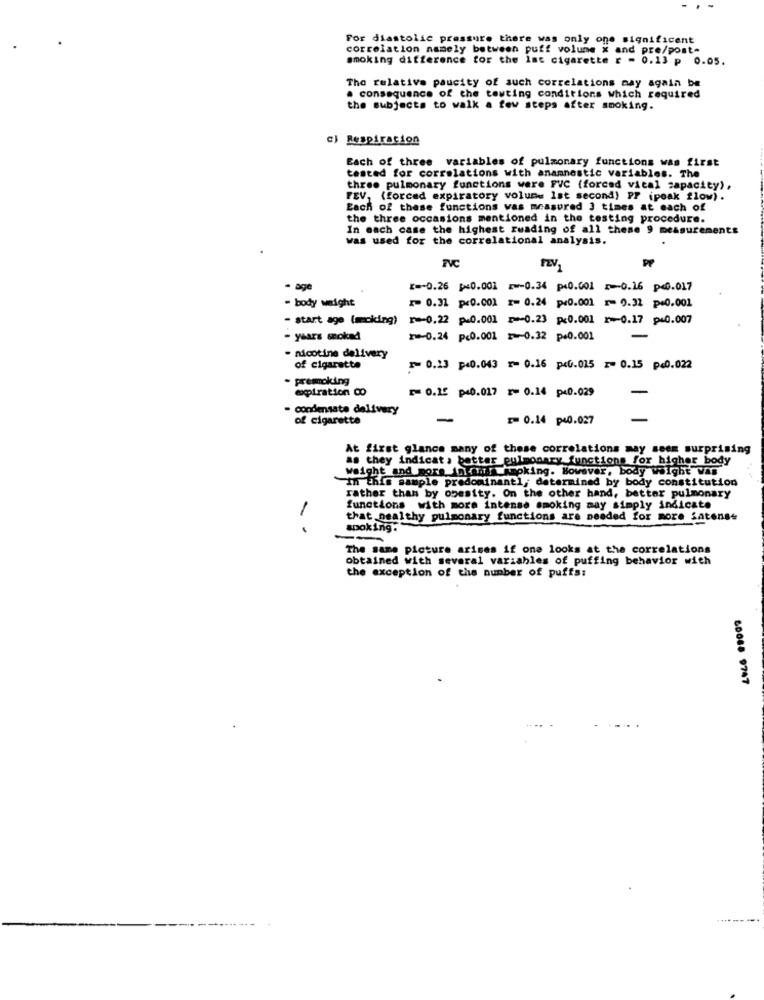
For diastolic pressure there was only one significent
correlation namely between puff volume x and pre/post-
smoking difference for the Ist cigarette r - 0.13 p 0.05.
The relative paucity of such correlations nay again be
a consequence of the towting conditions which required
the subjects to walk a few steps after smoking.
c) Respiracion
Each of three variables of pulmonary functions was first
tested for correlations with anamnestic variables. The
three pulmonary functions were FVC (forced vical capacity),
FEV, (forced expiratory volume Ist second) PP (peak flow).
Each of these functions was measured 3 times at each of
the three occasions mentioned in the testing procedure.
In each case the highest reading of all these 9 measurements
was used for the correlational analysis.
· age
<=- 0.26 p=0.001 -0.34 p<0.001 0.16 p<0.017
- body weight
₹ 0.31 p<0.001 x= 0.24 p<0.001 - 9.32 p=0.001
- start age (moking) =- 0.22 p.0.001 0.23 p<0.001 r -- 0.17 p=0.007
- years sokad
-0.24 p<0.001 0.32 p=0.001
-
- nicotine delivery
of cigarette
0,13 p<0.043 r= 0.16 p<0.015 r= 0.15 p<0.022
- premoking
expiration Co
0.15 p40.017 - 0.14 p<0.029
-
- condensate delivery
of cigarette
=0.14 p40.027
At first glance many of these correlations may seem surprising
as they indicat , batter pulmonary functions for higher body
weight and more in mi! impking. However, body weight Was
in this sample predominantl; determined by body constitution
rather than by obesity. On the other hand, better pulmonary
functions with more intense smoking may simply indicate
that nealthy pulmonary functions are needed for more satense
- -
apoking.
--
The same picture arises if one looks at the correlations
obtained with several variables of puffing behavior with
the exception of the number of puffs:
60088 9747